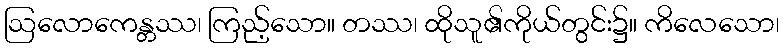
ဩလောကေန္တဿ၊ ကြည့်သော။ တဿ၊ ထိုသူ၏ကိုယ်တွင်း၌။ ကိလေသော၊